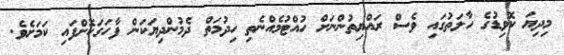
މިދިޔަ ކޮވިޑުގެ ހާލަތުގައި ވެސް ރައްޔިތުންނަށް ހުއްޓުމެއްނެތި ހިދުމަތް ދެމުންދިޔަކަން ފާހަގަކޮށްފައި ކަމަށެވެ.